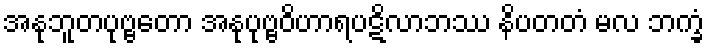
အနုဘူတပုဗ္ဗတော အနုပုဗ္ဗဝိဟာရပဋိလာဘဿ နိပတတံ မလ ဘက္ခံ